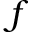
f